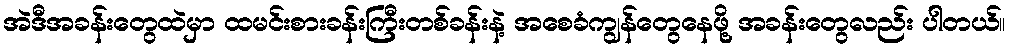
အဲဒီအခန်းတွေထဲမှာ ထမင်းစားခန်းကြီးတစ်ခန်းနဲ့ အစေခံကျွန်တွေနေဖို့ အခန်းတွေလည်း ပါတယ်။